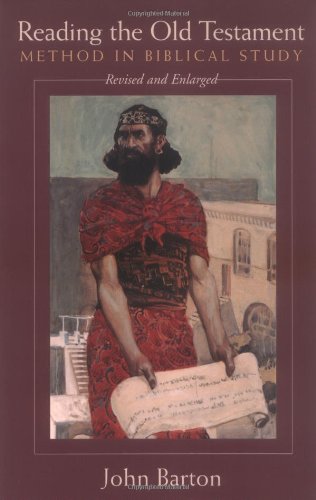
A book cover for Reading the Old Testament, Revised and Expanded: Method in Biblical Study; John Barton; Reference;